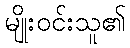
မျိုးဝင်းသူ၏